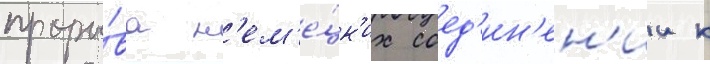
проры́ва н'ем'е́цк'их соед'ин'ен'ии к